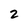
Character: 2